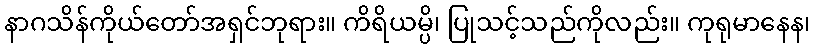
နာဂသိန်ကိုယ်တော်အရှင်ဘုရား။ ကိရိယမ္ပိ၊ ပြုသင့်သည်ကိုလည်း။ ကုရုမာနေန၊